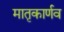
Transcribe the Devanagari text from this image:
मातृकार्णव